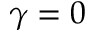
\gamma = 0